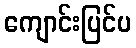
ကျောင်းပြင်ပ